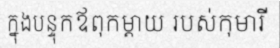
ក្នុងបន្ទុកឪពុកម្តាយ របស់កុមារី